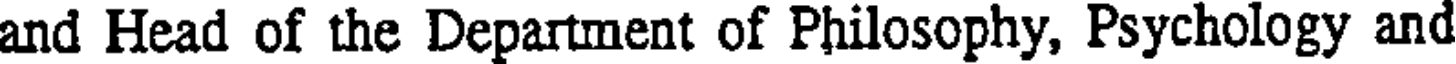
and Head of the Department of Philosophy, Psychology and